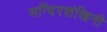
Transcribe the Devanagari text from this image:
मन्दिरशंखिनी